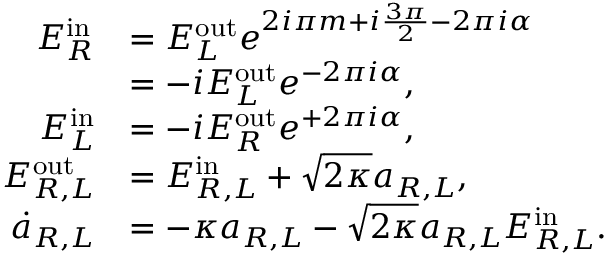
\begin{array} { r l } { E _ { R } ^ { \mathrm { i n } } } & { = E _ { L } ^ { \mathrm { o u t } } e ^ { 2 i \pi m + i \frac { 3 \pi } { 2 } - 2 \pi i \alpha } } \\ & { = - i E _ { L } ^ { \mathrm { o u t } } e ^ { - 2 \pi i \alpha } , } \\ { E _ { L } ^ { \mathrm { i n } } } & { = - i E _ { R } ^ { \mathrm { o u t } } e ^ { + 2 \pi i \alpha } , } \\ { E _ { R , L } ^ { \mathrm { o u t } } } & { = E _ { R , L } ^ { \mathrm { { i n } } } + \sqrt { 2 \kappa } a _ { R , L } , } \\ { \dot { a } _ { R , L } } & { = - \kappa a _ { R , L } - \sqrt { 2 \kappa } a _ { R , L } E _ { R , L } ^ { \mathrm { i n } } . } \end{array}